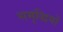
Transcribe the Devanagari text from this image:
समृद्धियों